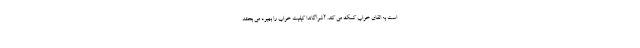
است به القای خواب کمک می کند. آشواگاندا کیفیت خواب را بهبود می بخشد